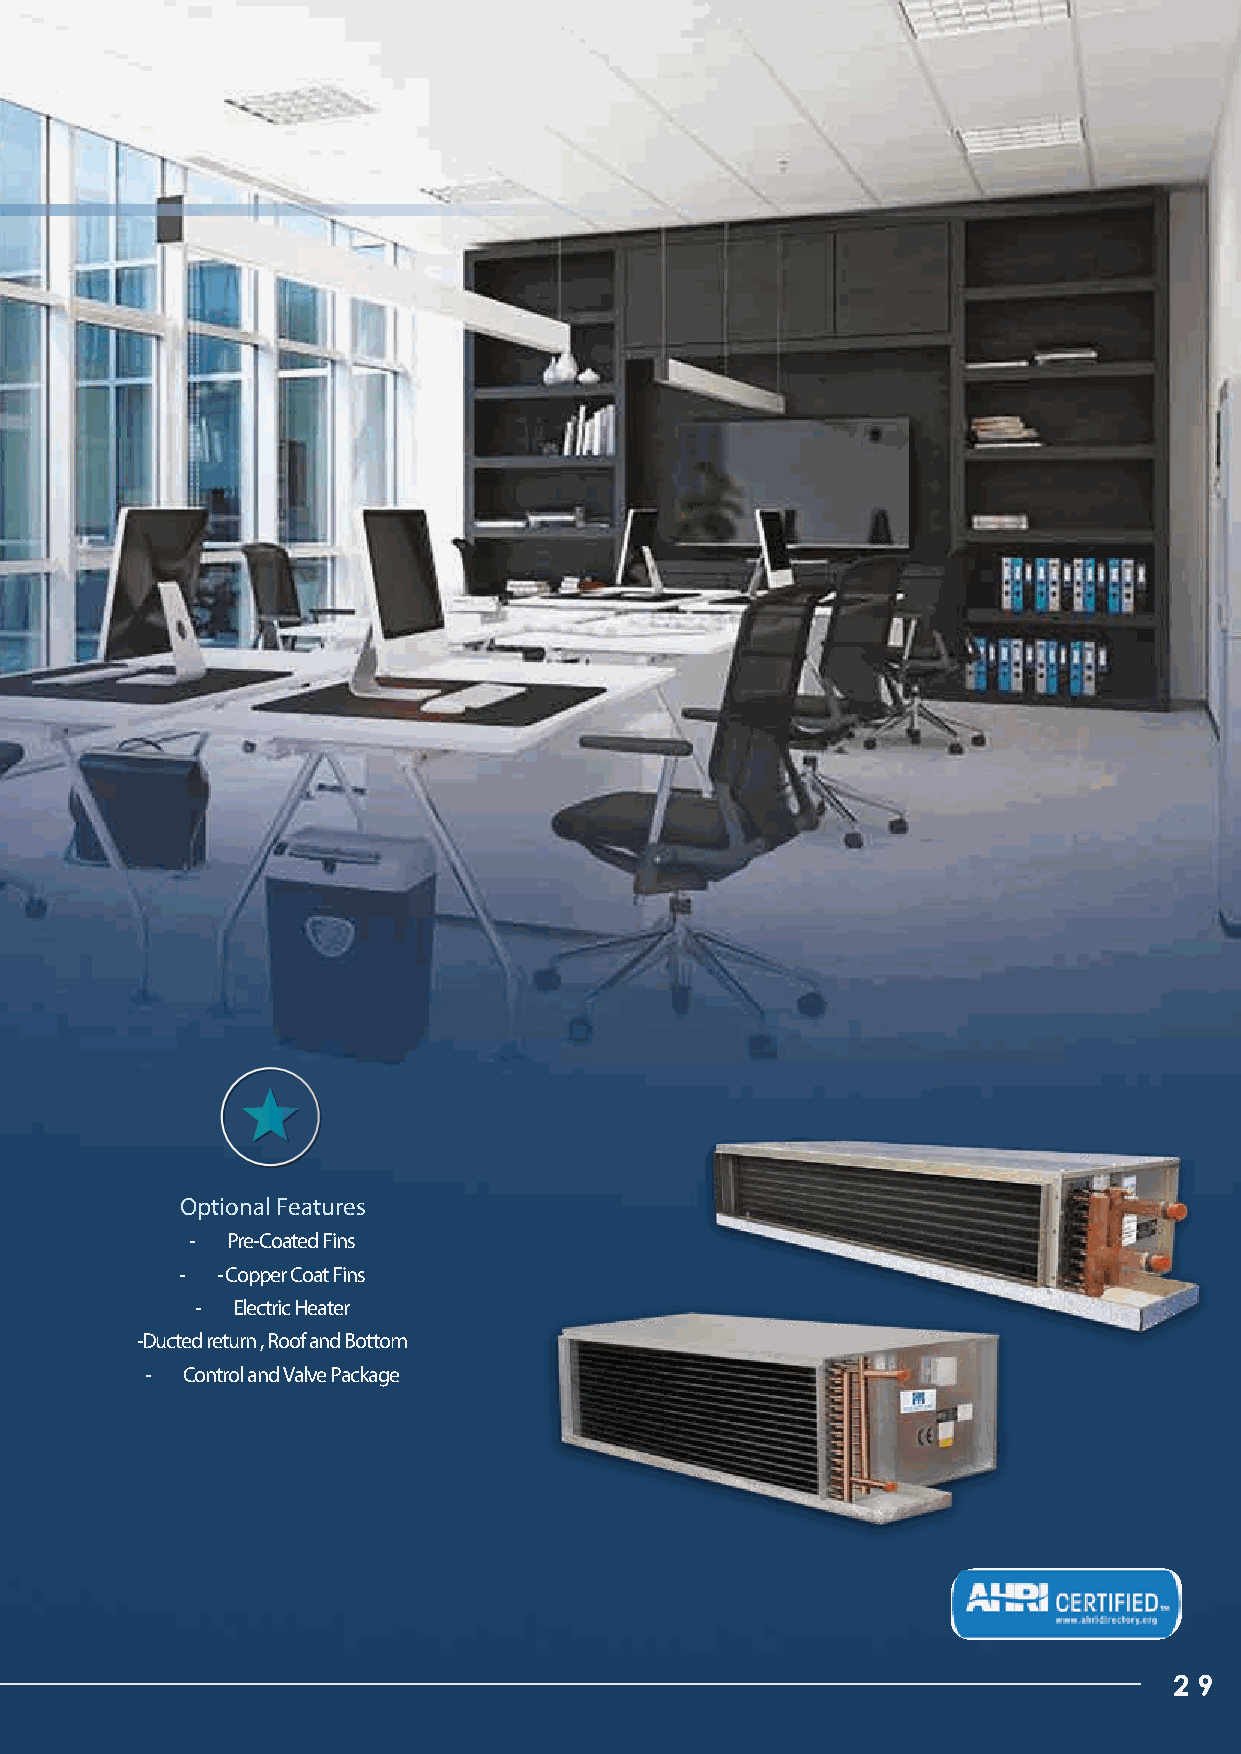
Optional Features
 - Pre-Coated Fins
 - - Copper Coat Fins
 - Electric Heater
 -Ducted return , Roof and Bottom
 - Control and Valve Package
 2 9